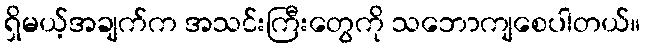
ရှိမယ့်အချက်က အသင်းကြီးတွေကို သဘောကျစေပါတယ်။